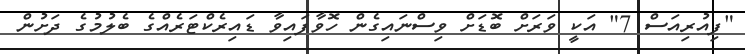
"ފިއުރިއަސް 7" އަކީ ވަރަށް ބޮޑަށް ވިސްނައިގެން ހޮވާފައިވާ ޑައިރެކްޓަރެއްގެ ބެލުމުގެ ދަށުން